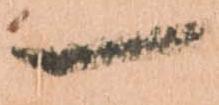
一